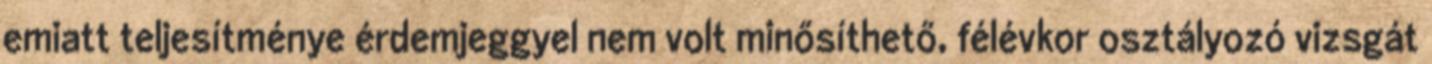
emiatt teljesítménye érdemjeggyel nem volt minősíthető, félévkor osztályozó vizsgát